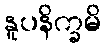
နူပနိက္ခမိ